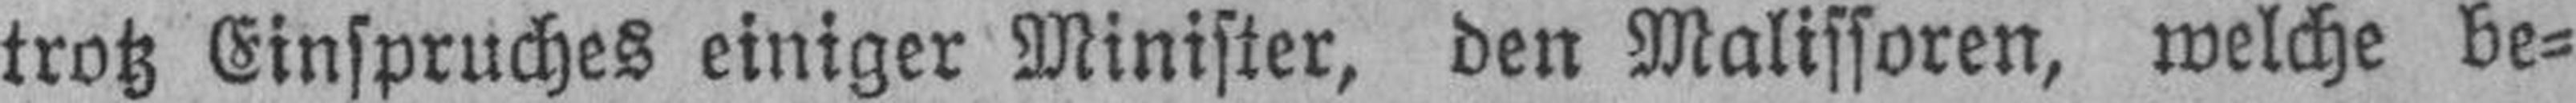
trotz Einspruches einiger Minister, den Malissoren, welche be¬